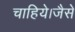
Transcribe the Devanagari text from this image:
चाहिये।जैसे